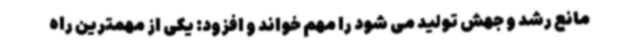
مانع رشد و جهش تولید می شود را مهم خواند و افزود: یکی از مهمترین راه